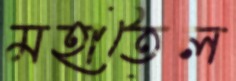
মহাতৈল